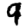
Digit: 9